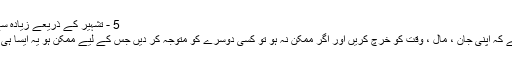
5 - تشہیر کے ذریعے زیادہ سے زیادہ لوگوں کو متوجہ کر کے
پہلے درجے میں کوشش کی جائے کہ اپنی جان ، مال ، وقت کو خرچ کریں اور اگر ممکن نہ ہو تو کسی دوسرے کو متوجہ کر دیں جس کے لیے ممکن ہو یہ ایسا ہی ہو گا جیسا آپ نے خود عمل کیا ۔